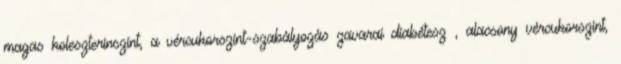
magas koleszterinszint, a vércukorszint-szabályozás zavarai diabétesz , alacsony vércukorszint,